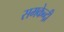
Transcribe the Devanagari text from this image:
समकेन्द्री